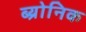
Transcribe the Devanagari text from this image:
ब्य्रोनिक